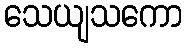
သေယျသကော